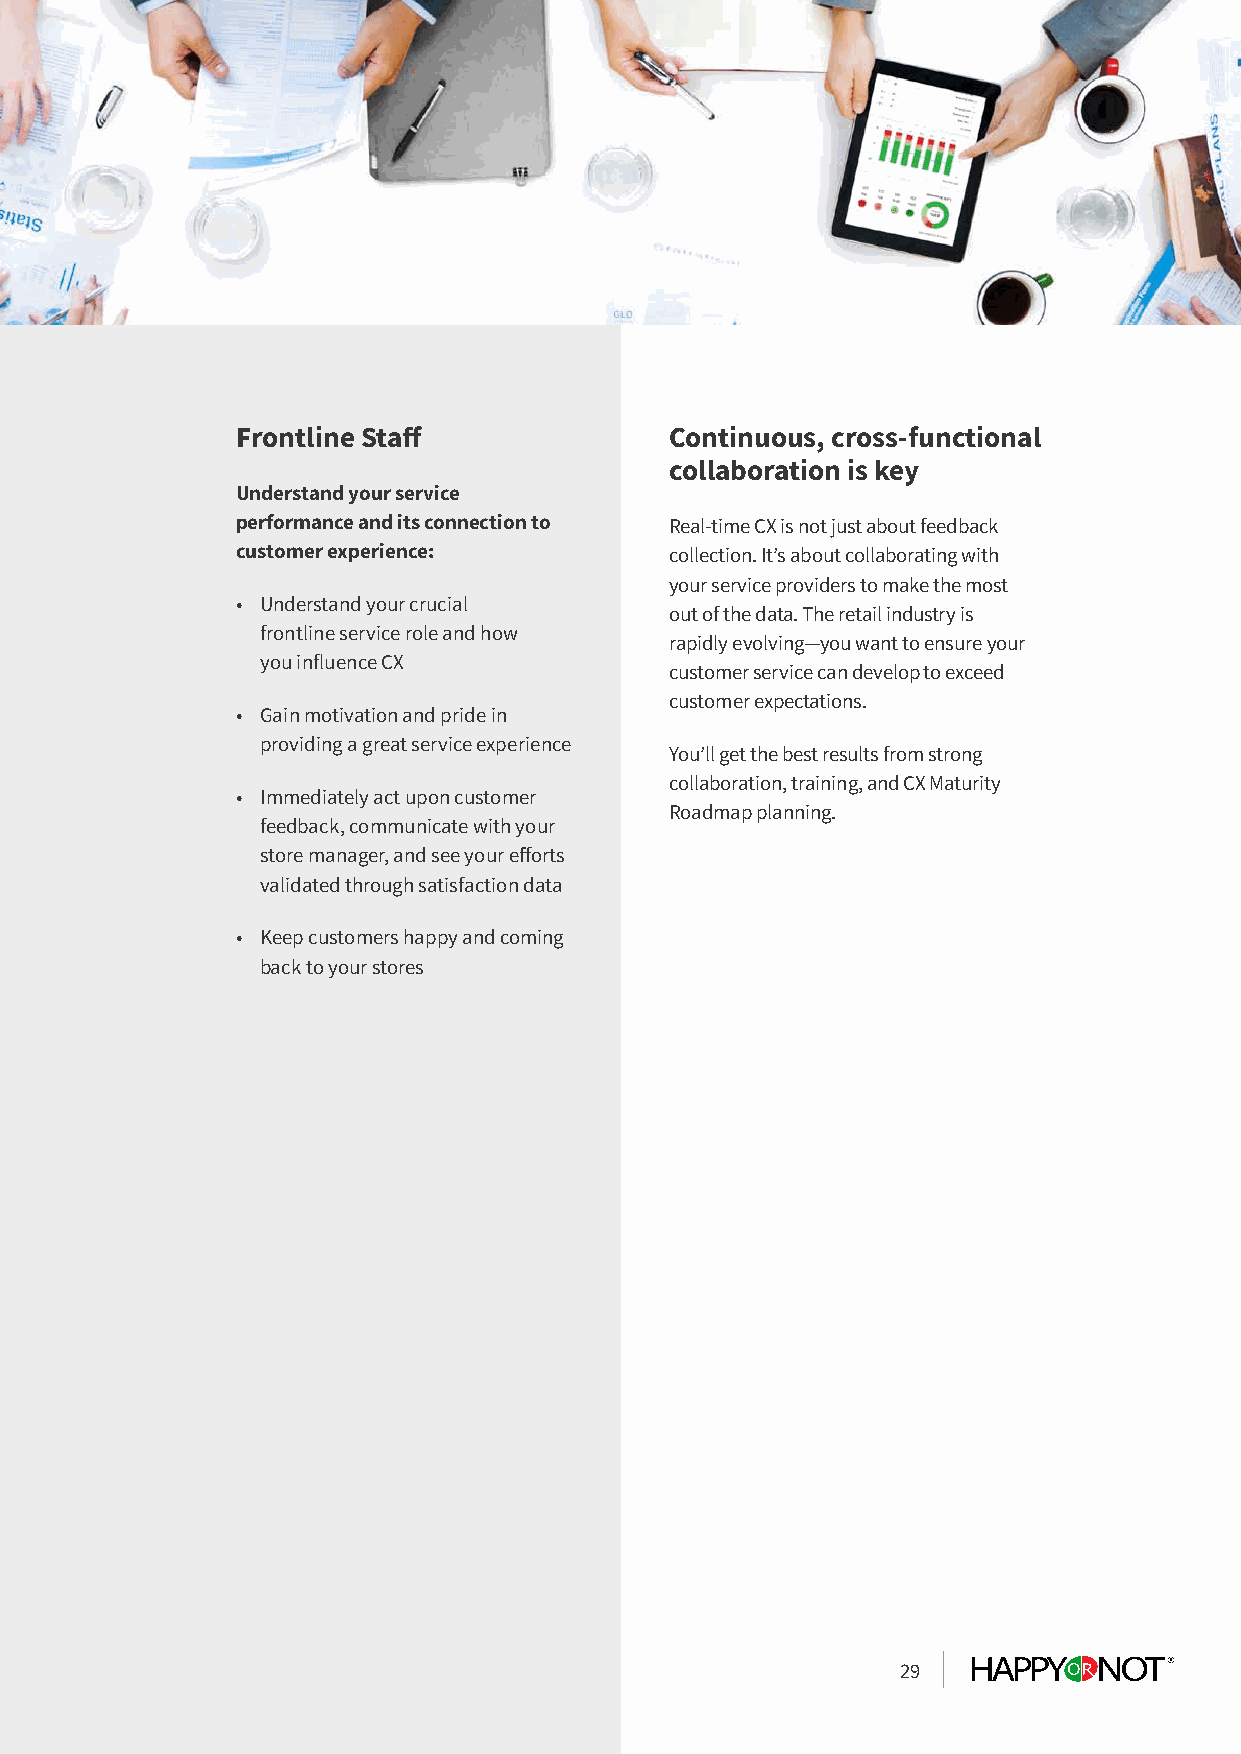
Frontline Staff             Continuous, cross-functional
 collaboration is key
 Understand your service
 performance and its connection to Real-time CX is not just about feedback
 customer experience:        collection. It’s about collaborating with
 your service providers to make the most
 • Understand your crucial
 out of the data. The retail industry is
 frontline service role and how
 rapidly evolving—you want to ensure your
 you influence CX
 customer service can develop to exceed
 customer expectations.
 • Gain motivation and pride in
 providing a great service experience
 You’ll get the best results from strong
 collaboration, training, and CX Maturity
 • Immediately act upon customer
 Roadmap planning.
 feedback, communicate with your
 store manager, and see your efforts
 validated through satisfaction data
 • Keep customers happy and coming
 back to your stores
 29